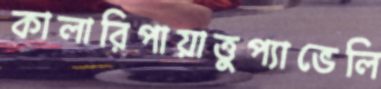
কালারিপায়াত্তুপ্যাভেলি